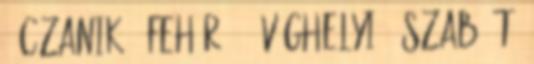
– Czanik – Fehér 87’ Véghelyi , Szabó T.